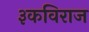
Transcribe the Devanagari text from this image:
३कविराज